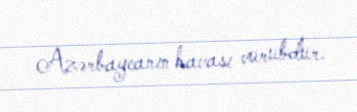
Azərbaycanın havası vurubdur.